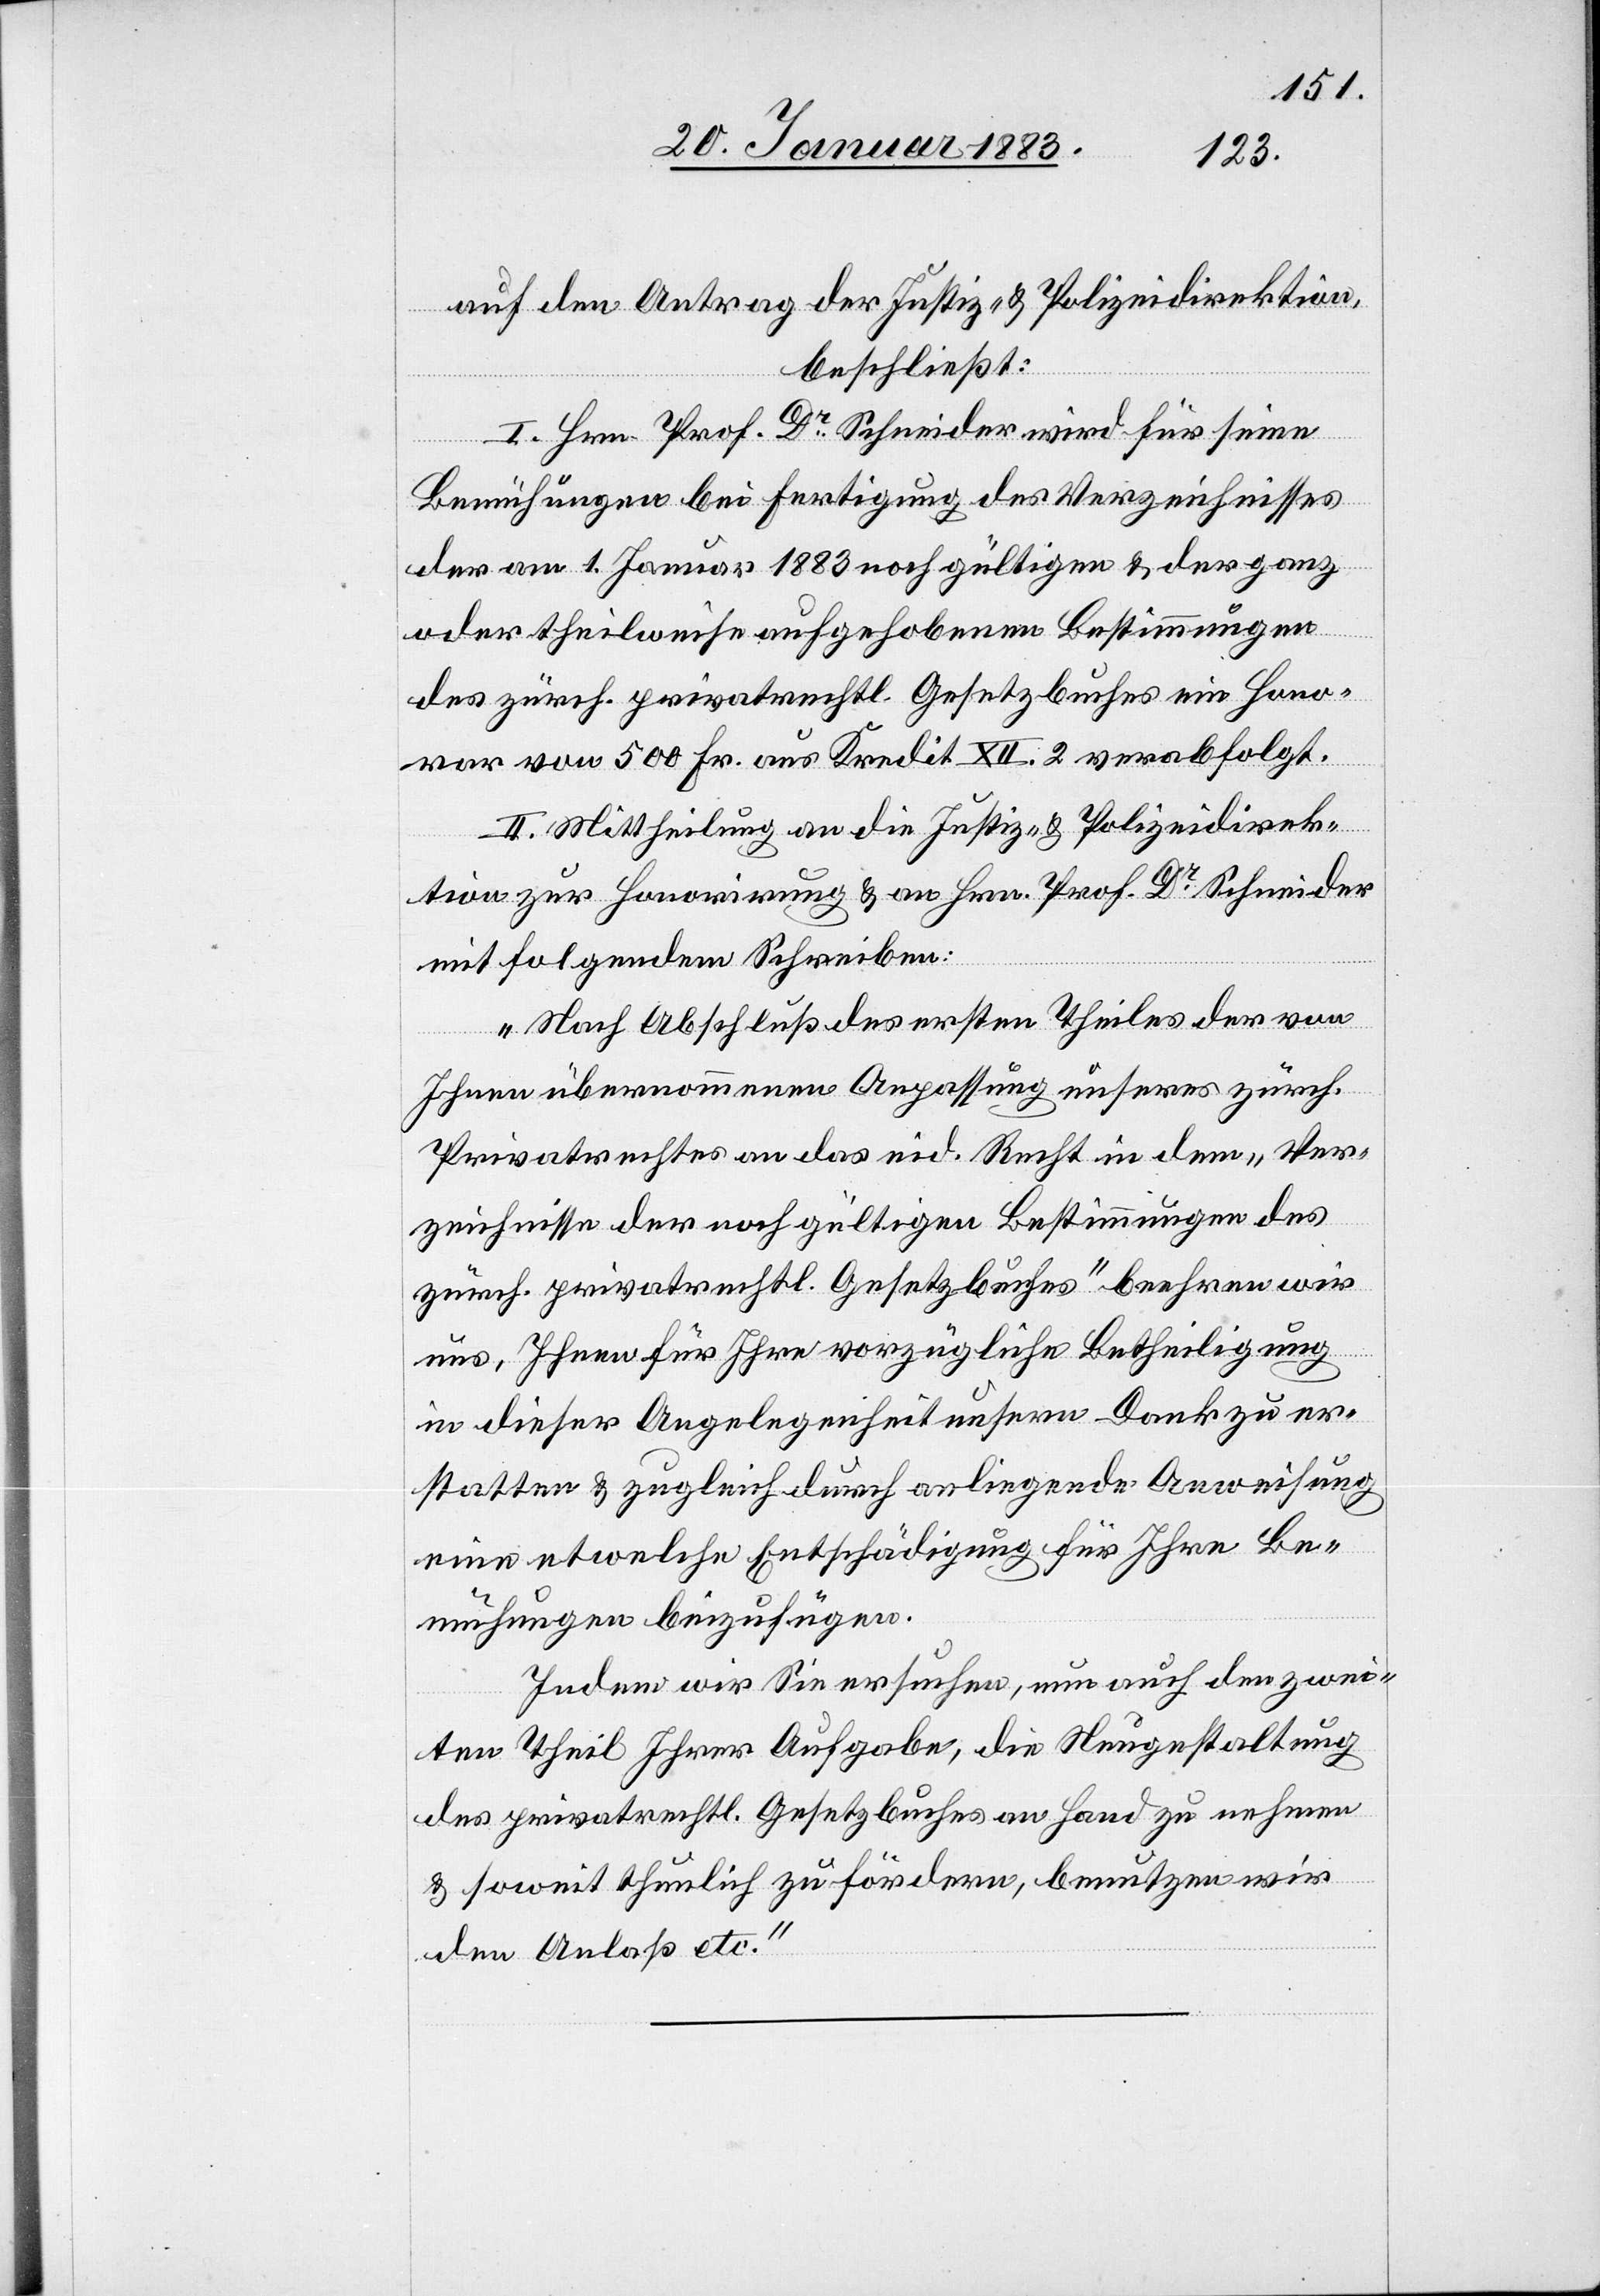
auf den Antrag der Justiz- & Polizeidirektion,
beschließt:
I. Hrn. Prof. Dr Schneider wird für seine
Bemühungen bei Fertigung des Verzeichnisses
der am 1. Januar 1883 noch gültigen & der ganz
oder theilweise aufgehobenen Bestimmungen
des zürch. privatrechtl. Gesetzbuches ein Hono¬
rar von 500 Fr. aus Kredit XII. 2 verabfolgt.
II. Mittheilung an die Justiz- & Polizeidirek¬
tion zur Honorirung & an Herrn Prof. Dr Schneider
mit folgendem Schreiben:
„Nach Abschluß des ersten Theiles der von
Ihnen übernommenen Anpassung unseres zürch.
Privatrechtes an das eid. Recht in dem „Ver¬
zeichnisse der noch gültigen Bestimmungen des
zürch. privatrechtl. Gesetzbuches“ beehren wir
uns, Ihnen für Ihre vorzügliche Betheiligung
in dieser Angelegenheit unsern Dank zu er¬
statten & zugleich durch anliegende Anweisung
eine etwelche Entschädigung für Ihre Be¬
mühungen beizufügen.
Indem wir Sie ersuchen, nun auch den zwei¬
ten Theil Ihrer Aufgabe, die Neugestaltung
des privatrechtl. Gesetzbuches an Hand zu nehmen
& soweit thunlich zu fördern, benutzen wir
den Anlaß etc.“